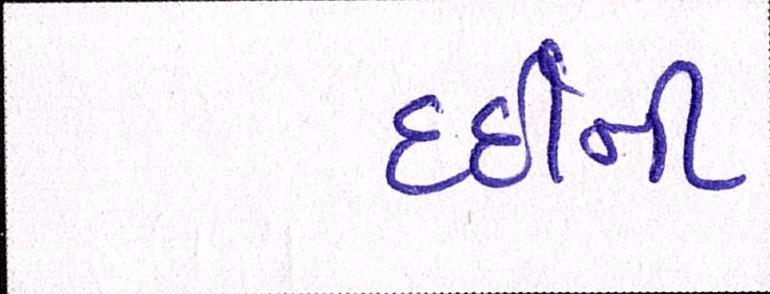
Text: દર્દીની